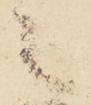
之